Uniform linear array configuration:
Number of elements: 8
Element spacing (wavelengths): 0.25
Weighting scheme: hann
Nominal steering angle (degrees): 60
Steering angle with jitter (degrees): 59.123
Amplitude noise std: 0.05
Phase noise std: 0.05

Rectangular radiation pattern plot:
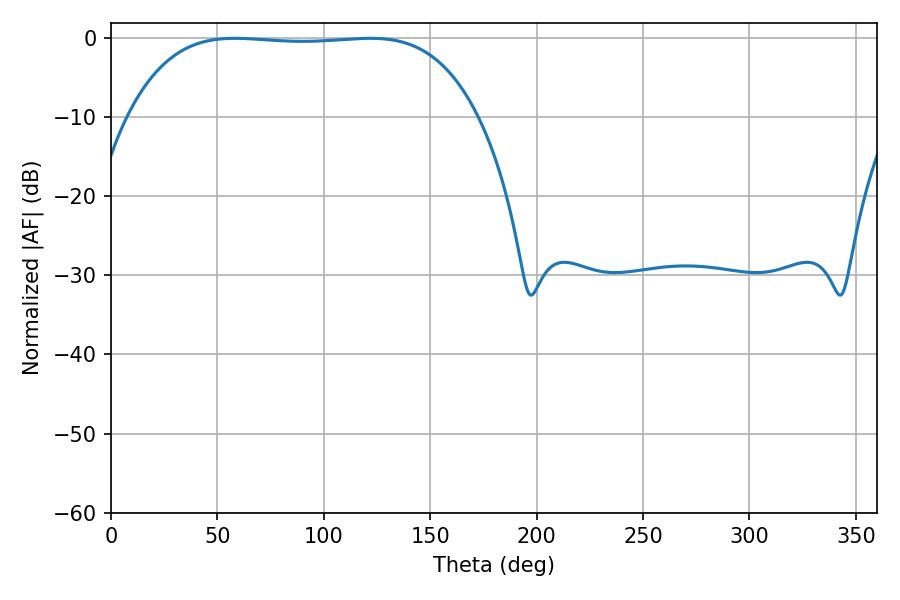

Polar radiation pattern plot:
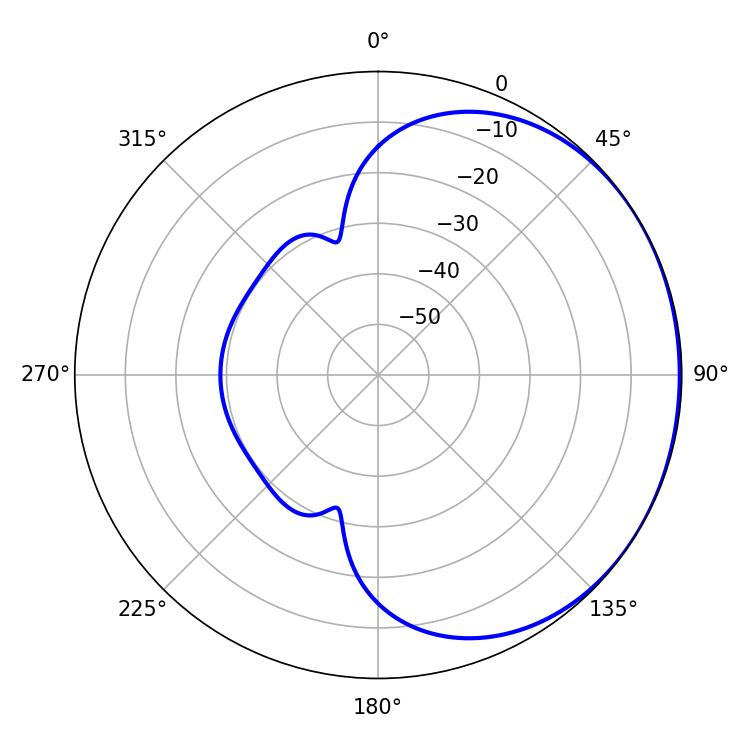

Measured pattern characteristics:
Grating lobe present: FALSE
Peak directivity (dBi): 0.6984
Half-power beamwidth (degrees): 128.16
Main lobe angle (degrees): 58.32